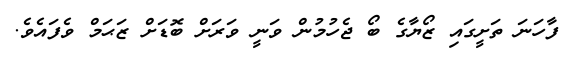
ފާހަނަ ތަށީގައި ޒޯޔާގެ ބޯ ޖެހުމުން ވަނީ ވަރަށް ބޮޑަށް ޒަޙަމް ވެފައެވެ.